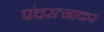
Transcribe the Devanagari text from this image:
पंचरत्नाकर